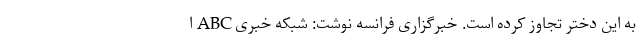
به این دختر تجاوز کرده است. خبرگزاری فرانسه نوشت: شبکه خبری ABC ا